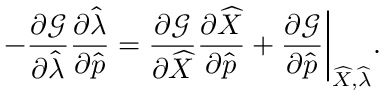
- \frac { \partial \mathcal { G } } { \partial \widehat { \lambda } } \frac { \partial \widehat { \lambda } } { \partial \widehat { \boldsymbol { p } } } = \frac { \partial \mathcal { G } } { \partial \widehat { X } } \frac { \partial \widehat { X } } { \partial \widehat { \boldsymbol { p } } } + \frac { \partial \mathcal { G } } { \partial \widehat { \boldsymbol { p } } } \bigg \lvert _ { \widehat { X } , \widehat { \lambda } } .